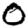
Digit: 0